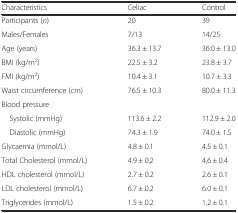
| Characteristics | Celiac | Control |
 | --- | --- | --- |
 | Participants (n) | 20 | 39 |
 | Males/Females | 7/13 | 14/25 |
 | Age (years) | 36.3 ± 13.7 | 36.0 ± 13.0 |
 | BMI (kg/m2) | 22.5 ± 3.2 | 23.8 ± 3.7 |
 | FMI (kg/m2) | 10.4 ± 3.1 | 10.7 ± 3.3 |
 | Waist circumference (cm) | 76.5 ± 10.3 | 80.0 ± 11.3 |
 | <COLSPAN=3> Blood pressure |
 | Systolic (mmHg) | 113.6 ± 2.2 | 112.9 ± 2.0 |
 | Diastolic (mmHg) | 74.3 ± 1.9 | 74.0 ± 1.5 |
 | Glycaemia (mmol/L) | 4.8 ± 0.1 | 4.5 ± 0.1 |
 | Total Cholesterol (mmol/L) | 4.9 ± 0,2 | 4,6 ± 0.4 |
 | HDL cholesterol (mmol/L) | 2.7 ± 0.2 | 2.6 ± 0.1 |
 | LDL cholesterol (mmol/L) | 6.7 ± 0.2 | 6.0 ± 0.1 |
 | Triglycerides (mmol/L) | 1.5 ± 0.2 | 1.2 ± 0.1 |